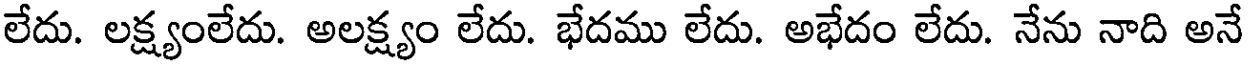
లేదు. లక్ష్యంలేదు. అలక్ష్యం లేదు. భేదము లేదు. అభేదం లేదు. నేను నాది అనే